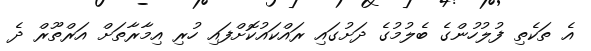
އެ ތަކެތި ފުލުހުންގެ ބެލުމުގެ ދަށުގައި ރައްކައުކޮށްފައި ހުރި އިމާރާތަށް އަރްތޫރް ދެ